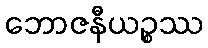
ဘောဇနီယဉ္စဿ